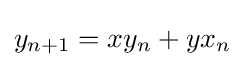
y_{n+1}=xy_{n}+yx_{n}